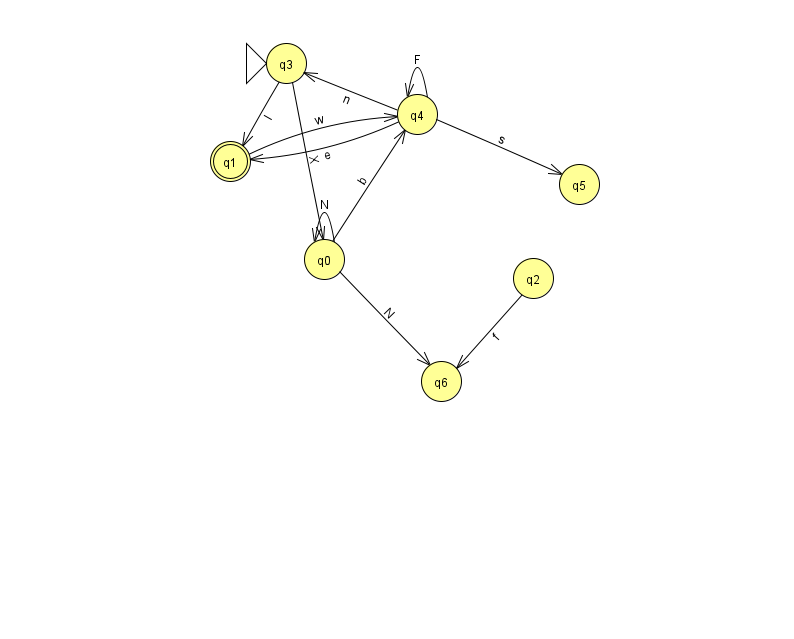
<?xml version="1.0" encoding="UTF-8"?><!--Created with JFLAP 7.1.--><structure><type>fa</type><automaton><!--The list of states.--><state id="0" name="q0"><x>324.0</x><y>246.0</y></state><state id="1" name="q1"><x>230.0</x><y>148.0</y><final/></state><state id="2" name="q2"><x>533.0</x><y>265.0</y></state><state id="3" name="q3"><x>286.0</x><y>50.0</y><initial/></state><state id="4" name="q4"><x>417.0</x><y>101.0</y></state><state id="5" name="q5"><x>579.0</x><y>171.0</y></state><state id="6" name="q6"><x>441.0</x><y>368.0</y></state><!--The list of transitions.--><transition><from>0</from><to>4</to><read>b</read></transition><transition><from>2</from><to>6</to><read>f</read></transition><transition><from>3</from><to>1</to><read>I</read></transition><transition><from>4</from><to>4</to><read>F</read></transition><transition><from>4</from><to>5</to><read>s</read></transition><transition><from>4</from><to>3</to><read>n</read></transition><transition><from>0</from><to>6</to><read>N</read></transition><transition><from>3</from><to>0</to><read>X</read></transition><transition><from>4</from><to>1</to><read>e</read></transition><transition><from>0</from><to>0</to><read>N</read></transition><transition><from>1</from><to>4</to><read>w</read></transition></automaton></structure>